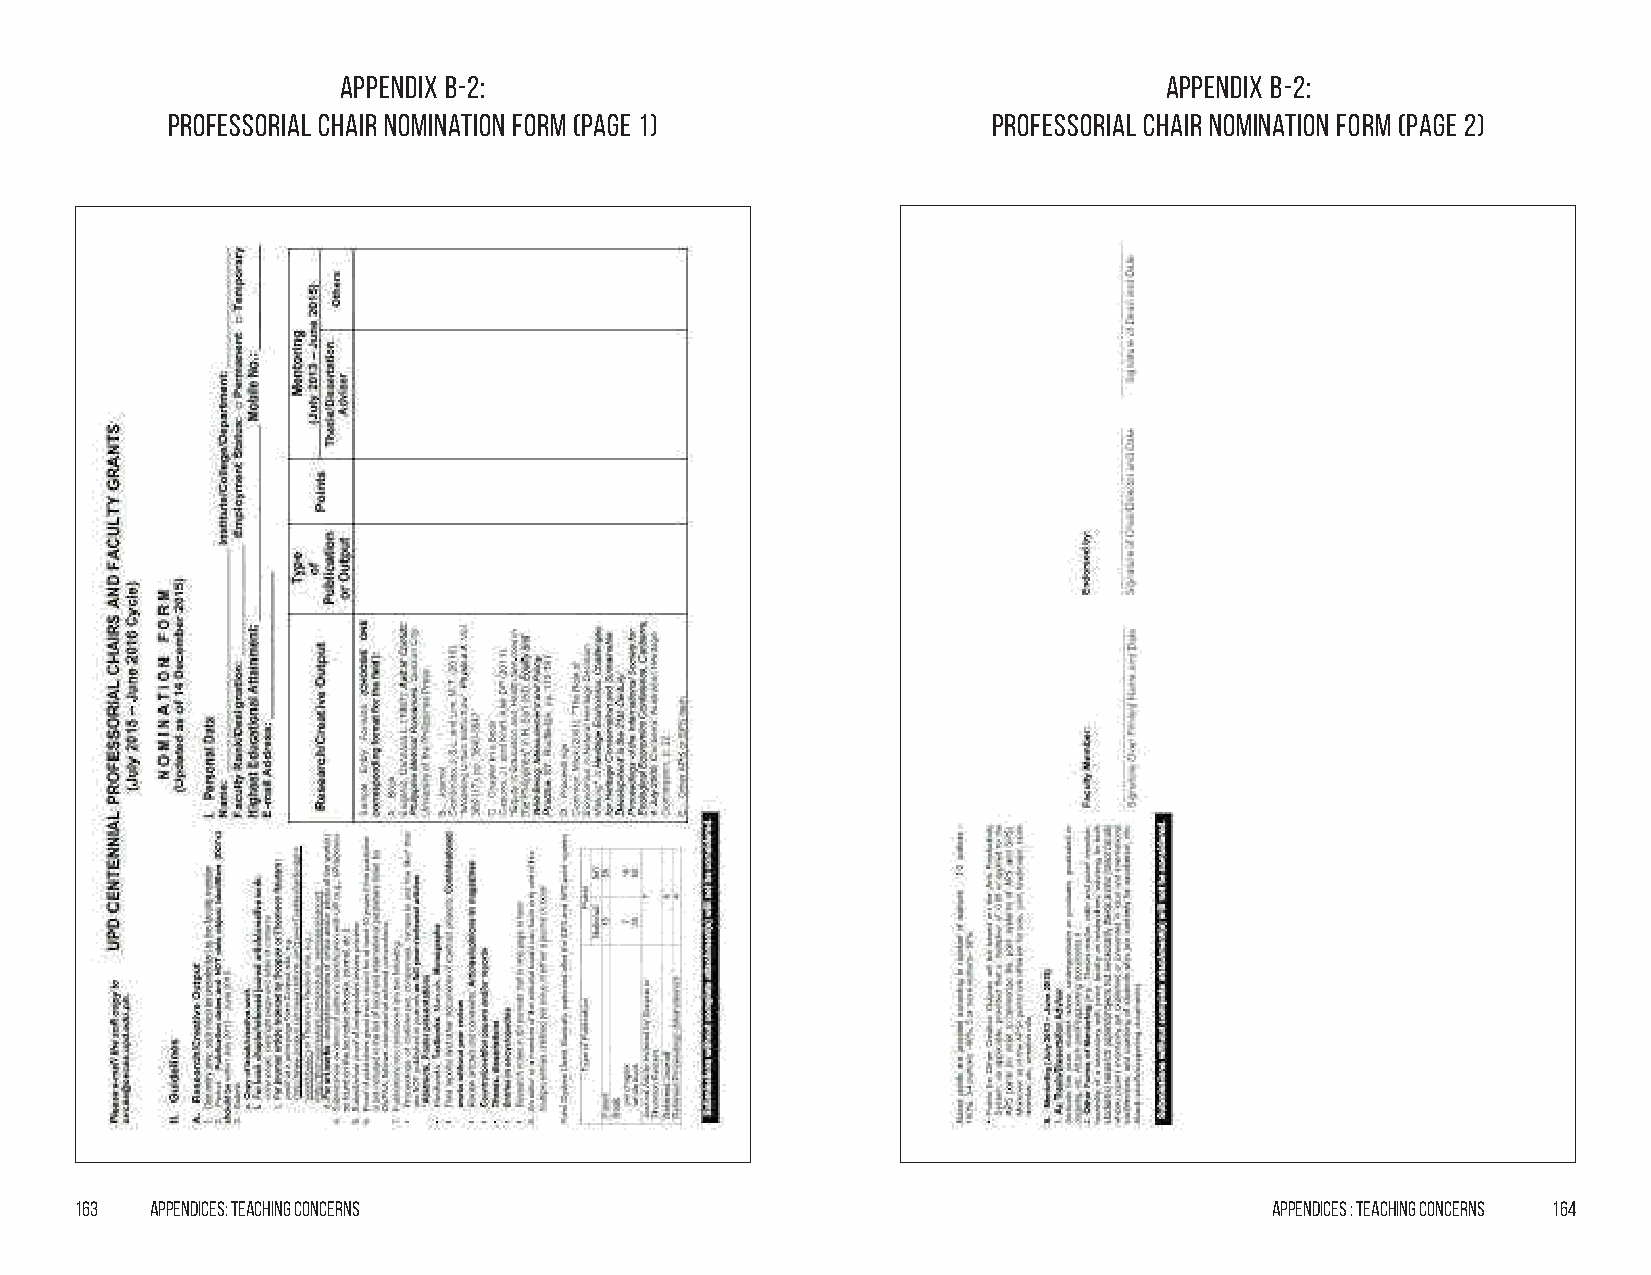
Appendix B-2:                                         Appendix B-2:
 Professorial Chair Nomination Form (Page 1)            Professorial Chair Nomination Form (Page 2)
 163  Appendices: Teaching Concerns                                             Appendices : Teaching Concerns 164